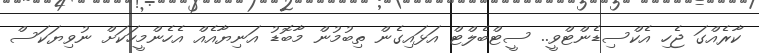
ކާރެއްގަ ޖެހި އެކްސިޑެންޓްވީ.. ސީޓްބެލްޓް އަޅައިގެން ތިބުމުން މާބޮޑު އަނިޔާއެއް އެހެންމީހަކަށް ނުވިޔަކަސް